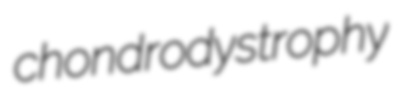
chondrodystrophy